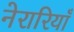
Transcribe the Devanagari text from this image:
नेरारियाँ